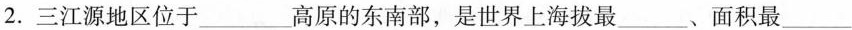
2.三江源地区位于___高原的东南部，是世界上海拔最___、面积最___